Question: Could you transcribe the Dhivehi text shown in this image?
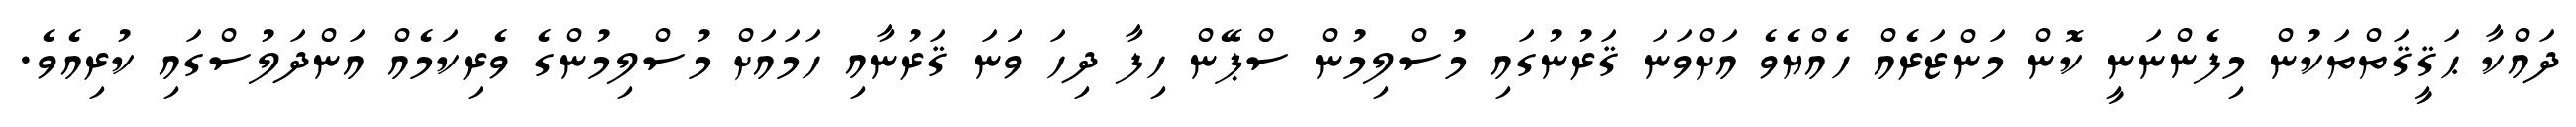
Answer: ދައްކާ ޙަޤީޤަތްތަކުން މިފެންނަނީ ކޮން މަންޒަރެއް ހެއްޔެވެ އަށްވަނަ ޤަރުނުގައި މުސްލިމުން ސްޕޭން ހިފާ ދިހަ ވަަނަ ޤަރުނާއި ހަމައަށް މުސްލިމުންގެ ވެރިކަމެއް އަންދަލުސްގައި ކުރިއެވެ.